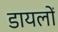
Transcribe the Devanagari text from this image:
डायलों